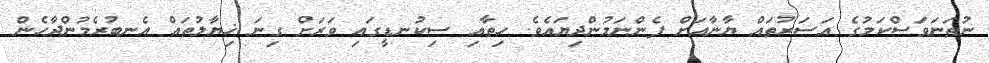
ނުތަނަވަސްކަމުގެ އަސަރުތައް ޔާނާއަށް ފެންނަމުންދިޔައެވެ. ހިތާއި ސިކުނޑީގައި ވަރަށް ގިނަ ޚިޔާލުތައް އެނބުރެމުންދާހެން